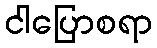
ငါပြောစရာ